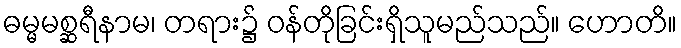
ဓမ္မမစ္ဆရီနာမ၊ တရား၌ ဝန်တိုခြင်းရှိသူမည်သည်။ ဟောတိ။